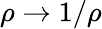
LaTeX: \rho\to 1/\rho